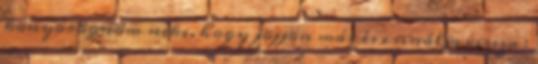
könyörögnöm neki, hogy jöjjön már és csinálja vissza :